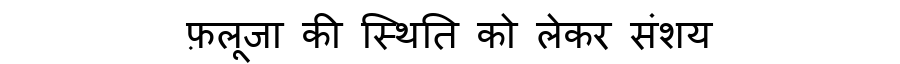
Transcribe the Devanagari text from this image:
फ़लूजा की स्थिति को लेकर संशय